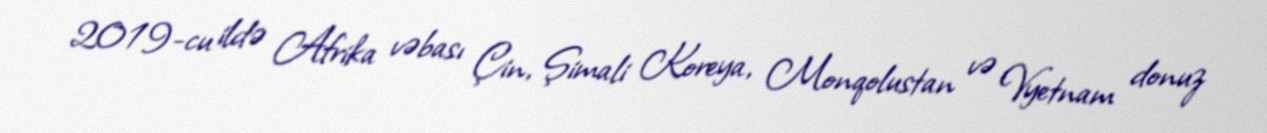
2019-cu ildə Afrika vəbası Çin, Şimali Koreya, Monqolustan və Vyetnam donuz